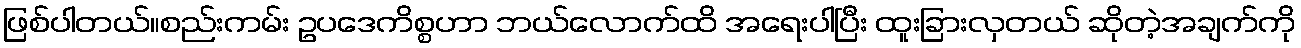
ဖြစ်ပါတယ်။စည်းကမ်း ဥပဒေကိစ္စဟာ ဘယ်လောက်ထိ အရေးပါပြီး ထူးခြားလှတယ် ဆိုတဲ့အချက်ကို